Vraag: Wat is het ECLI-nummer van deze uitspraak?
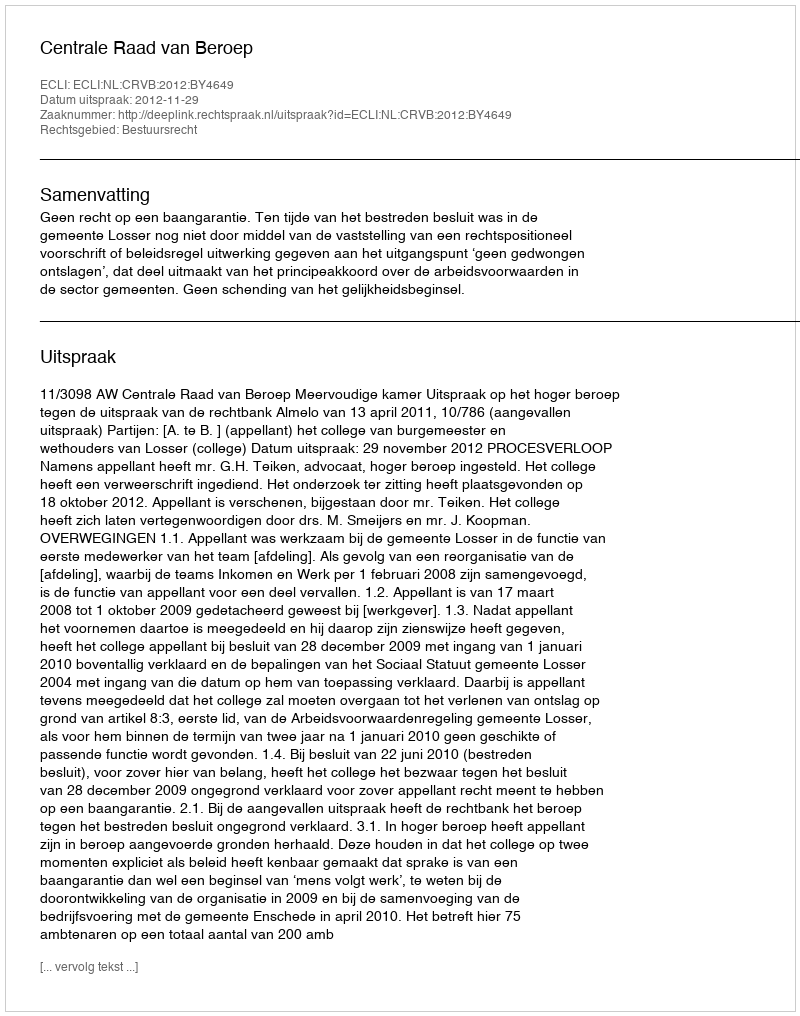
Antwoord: ECLI:NL:CRVB:2012:BY4649